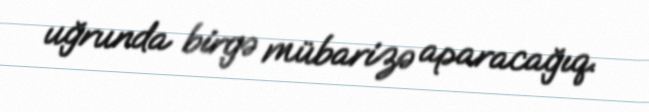
uğrunda birgə mübarizə aparacağıq.